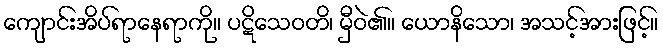
ကျောင်းအိပ်ရာနေရာကို။ ပဋိသေဝတိ၊ မှီဝဲ၏။ ယောနိသော၊ အသင့်အားဖြင့်။